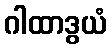
ဂါထာဒွယံ